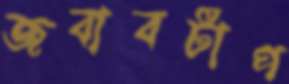
জবাবটাপ